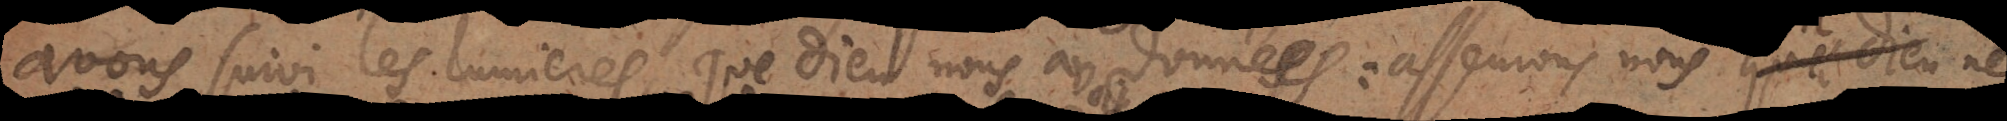
avoir suivi les lumieres que Dieu nous avoit données: asseurons nous qu’il ne